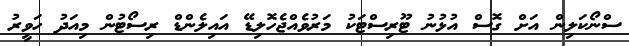
ސްނޯކަލިން އަށް ގޮސް އުޅުނު ޓޫރިސްޓަކު މަރުވެއްޖެހޮލިޑޭ އައިލެންޑް ރިސޯޓުން މިއަދު ހަވީރު